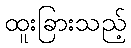
ထူးခြားသည့်